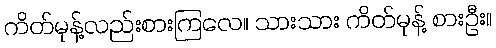
ကိတ်မုန့်လည်းစားကြလေ။ သားသား ကိတ်မုန့် စားဦး။